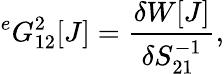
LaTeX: {}^{e}G_{12}^{2}[J]=\frac{\delta W[J]}{\delta S_{21}^{-1}},